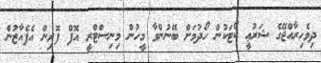
ދިވެހިރާއްޖޭގެ ޝަރުޢީ ކޯޓަކުން ހޯދުމަށް ބޭނުންވާ މީހުން މިނިސްޓްރީ އޮފް ފޮރިން އެފެއާޒުން